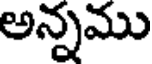
అన్నము